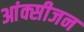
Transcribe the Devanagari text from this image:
आंक्सीजन